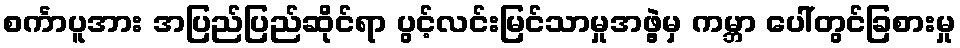
စင်္ကာပူအား အပြည်ပြည်ဆိုင်ရာ ပွင့်လင်းမြင်သာမှုအဖွဲ့မှ ကမ္ဘာ ပေါ်တွင်ခြစားမှု